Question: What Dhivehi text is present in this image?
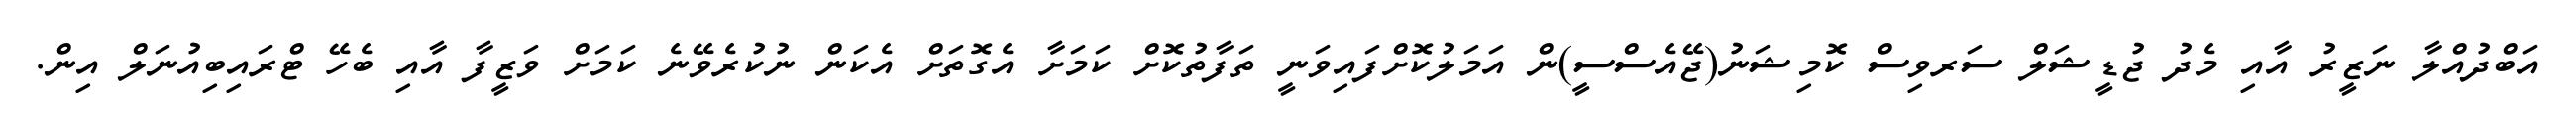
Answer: އަބްދުއްލާ ނަޒީރު އާއި މެދު ޖުޑީޝަލް ސަރވިސް ކޮމިޝަނު(ޖޭއެސްސީ)ން އަމަލުކޮށްފައިވަނީ ތަފާތުކޮށް ކަމަށާ އެގޮތަށް އެކަން ނުކުރެވޭނެ ކަމަށް ވަޒީފާ އާއި ބެހޭ ޓްރައިބިއުނަލް އިން.